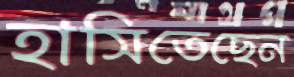
হাসিতেছেন